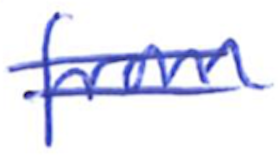
Text: from
Cross-out: double-line
Writing tool: ballpoint